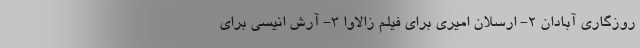
روزگاری آبادان 2- ارسلان امیری برای فیلم زالاوا 3- آرش انیسی برای